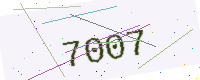
Text: 7007